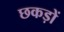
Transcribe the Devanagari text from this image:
छकड़ों